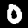
Digit: 0